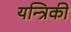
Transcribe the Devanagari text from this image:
यन्त्रिकी